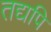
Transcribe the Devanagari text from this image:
तद्यपि